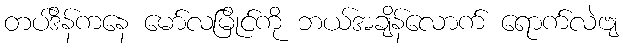
တပ်ဒိန်ကနေ မော်လမြိုင်ကို ဘယ်အချိန်လောက် ရောက်လဲဗျ